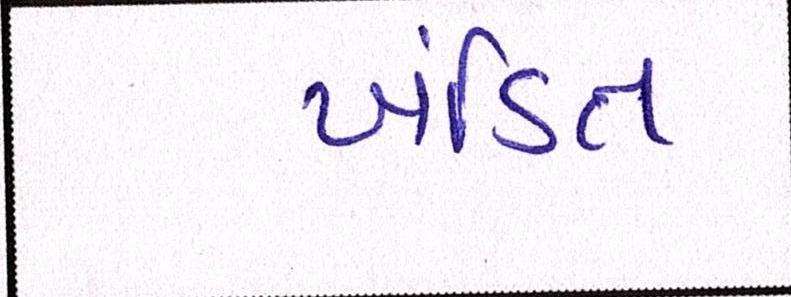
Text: ખંડિત